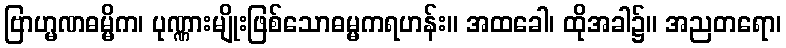
ဗြာဟ္မဏဓမ္မိက၊ ပုဏ္ဏားမျိုးဖြစ်သောဓမ္မကရဟန်း။ အထခေါ၊ ထိုအခါ၌။ အညတရော၊